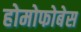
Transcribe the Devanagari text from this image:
होमोफोबेस